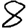
Digit: 8